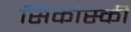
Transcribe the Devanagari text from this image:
सिकोस्की